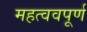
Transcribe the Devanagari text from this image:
महत्ववपूर्ण